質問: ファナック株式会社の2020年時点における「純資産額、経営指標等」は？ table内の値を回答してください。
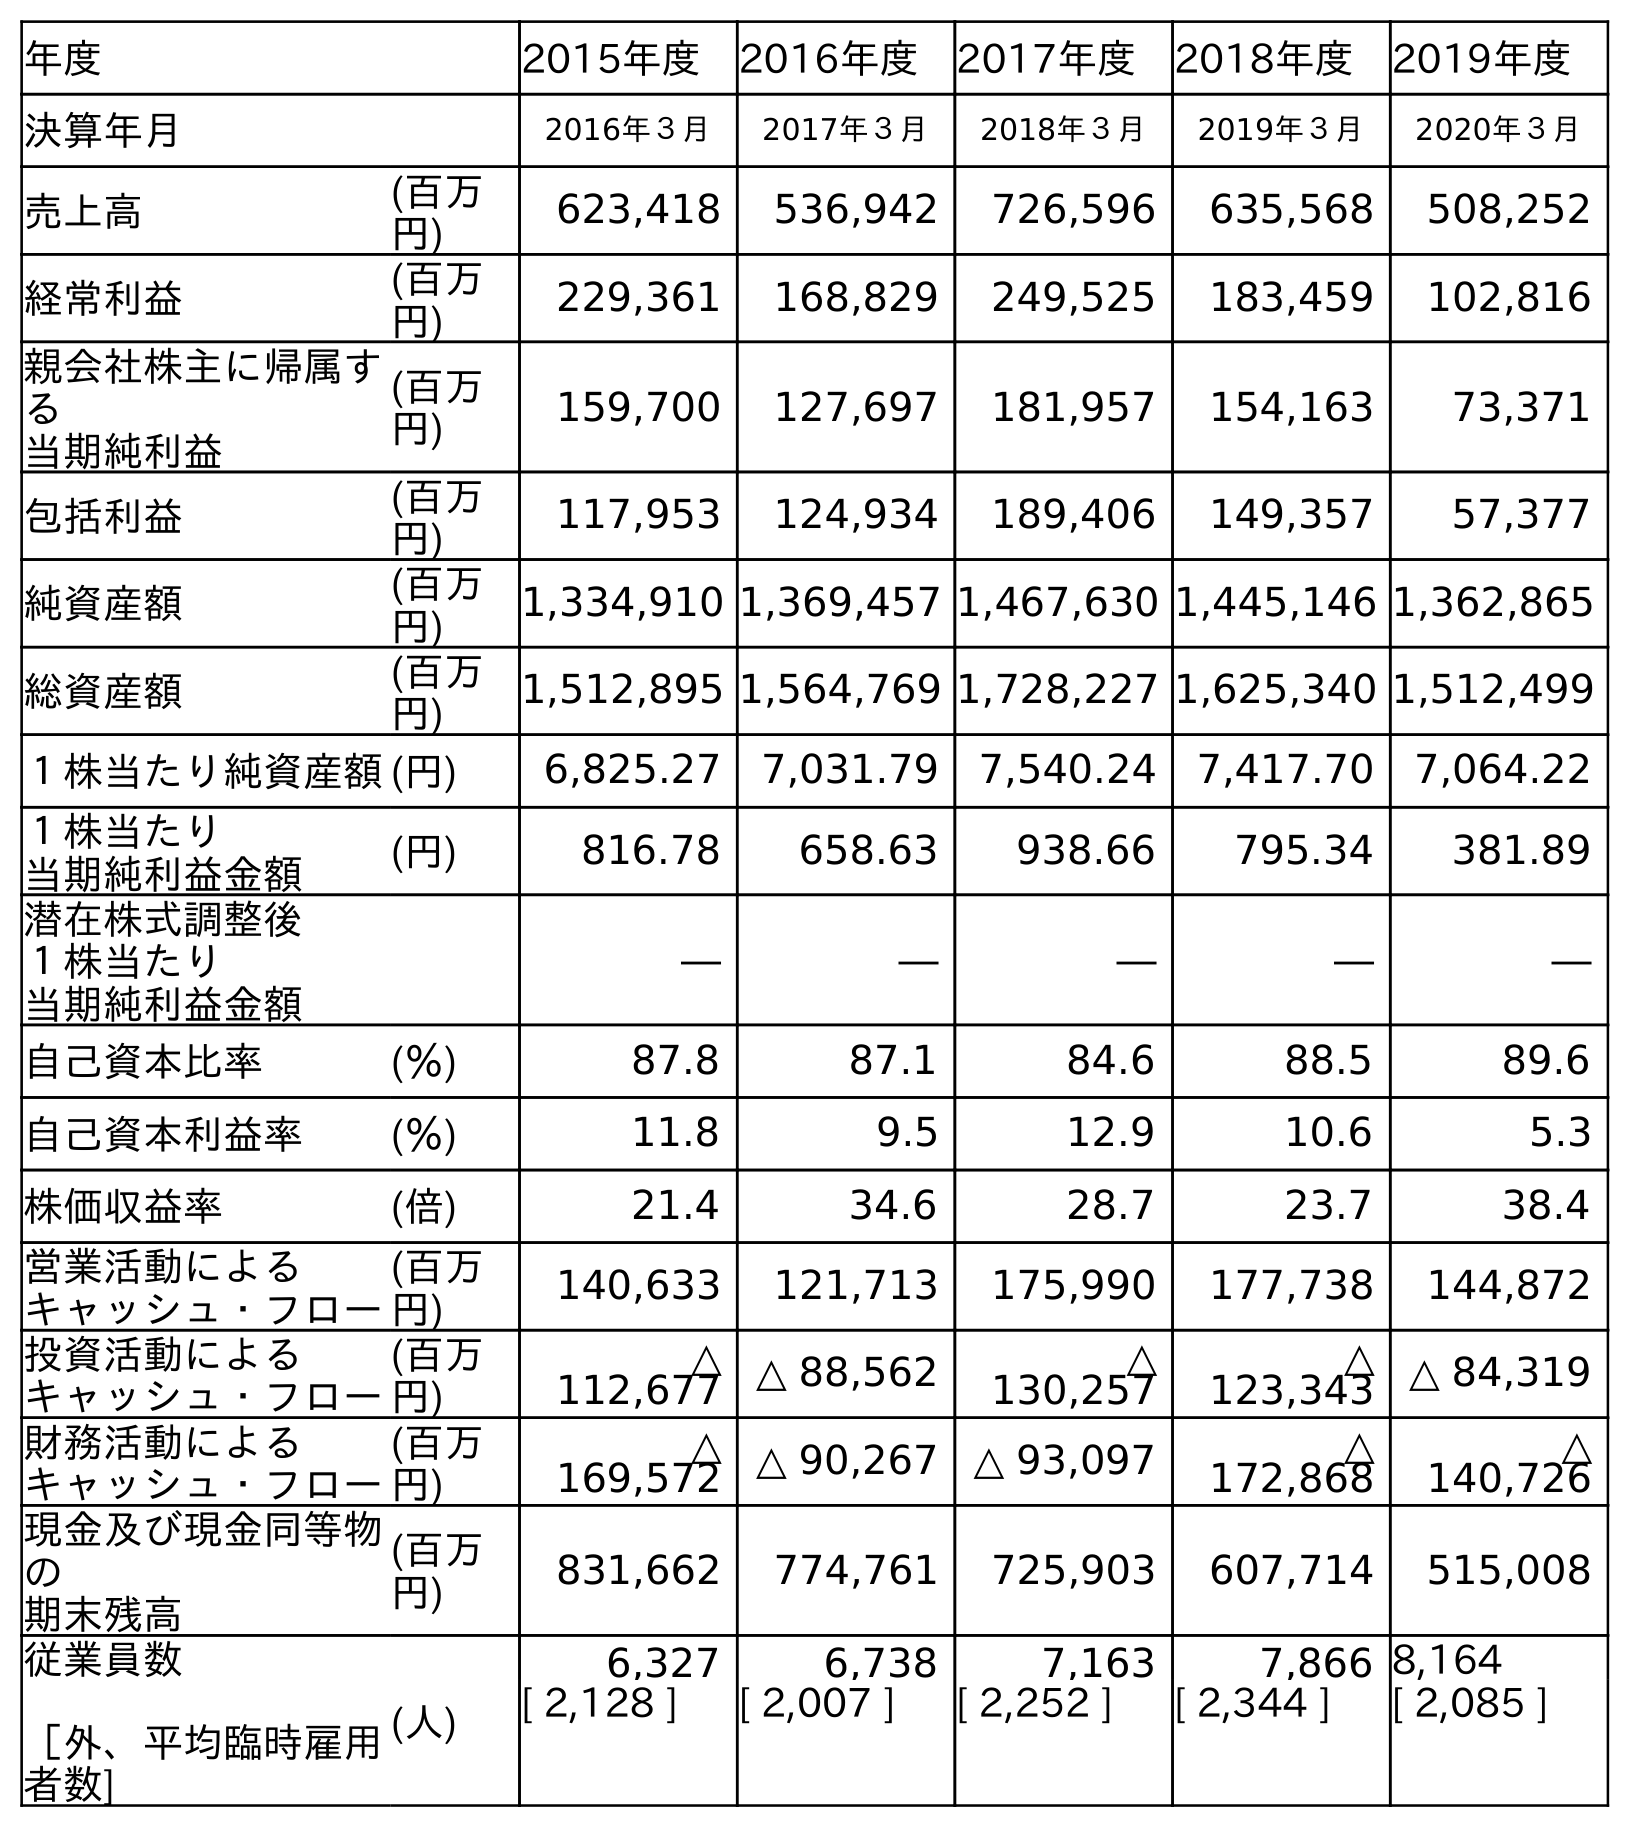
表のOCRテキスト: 年度 2015年度 2016年度 2017年度 2018年度 2019年度 決算年月 2016年３月 2017年３月 2018年３月 2019年３月 2020年３月 売上高 (百万 円) 623,418 536,942 726,596 635,568 508,252 経常利益 (百万 円) 229,361 168,829 249,525 183,459 102,816 親会社株主に帰属す る 当期純利益 (百万 円) 159,700 127,697 181,957 154,163 73,371 包括利益 (百万 円) 117,953 124,934 189,406 149,357 57,377 純資産額 (百万 円) 1,334,910 1,369,457 1,467,630 1,445,146 1,362,865 総資産額 (百万 円) 1,512,895 1,564,769 1,728,227 1,625,340 1,512,499 １株当たり純資産額(円) 6,825.27 7,031.79 7,540.24 7,417.70 7,064.22 １株当たり 当期純利益金額 (円) 816.78 658.63 938.66 795.34 381.89 潜在株式調整後 １株当たり 当期純利益金額 ― ― ― ― ― 自己資本比率 (％) 87.8 87.1 84.6 88.5 89.6 自己資本利益率 (％) 11.8 9.5 12.9 10.6 5.3 株価収益率 (倍) 21.4 34.6 28.7 23.7 38.4 営業活動による キャッシュ・フロー (百万 円) 140,633 121,713 175,990 177,738 144,872 投資活動による キャッシュ・フロー (百万 円) △ 112,677 △ 88,562 △ 130,257 △ 123,343 △ 84,319 財務活動による キャッシュ・フロー (百万 円) △ 169,572 △ 90,267 △ 93,097 △ 172,868 △ 140,726 現金及び現金同等物 の 期末残高 (百万 円) 831,662 774,761 725,903 607,714 515,008 従業員数 ［外、平均臨時雇用 者数] (人) 6,327 6,738 7,163 7,866 8,164 [ 2,128 ] [ 2,007 ] [ 2,252 ] [ 2,344 ] [ 2,085 ]
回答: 1,362,865